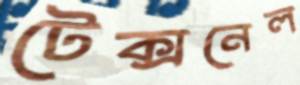
টেক্সনেল